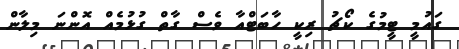
ގައުމީ ޓީމުގެ ކޯޗު ރިކީ ހާބަޓްއާ ވެސް ގާތް ގުޅުމެއް އޮންނަ މިލާން